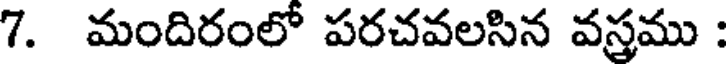
7. మందిరంలో పరచవలసిన వస్తము :